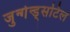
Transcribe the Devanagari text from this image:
जुन्गेन्ड्सटिल